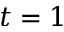
t = 1